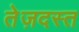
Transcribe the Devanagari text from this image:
तेज़दस्त